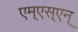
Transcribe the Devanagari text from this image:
एम्‌एस्‌एन्‌